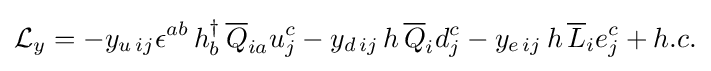
{\mathcal {L}}_{y}=-y_{u\,ij}\epsilon ^{ab}\,h_{b}^{\dagger }\,{\overline {Q}}_{ia}u_{j}^{c}-y_{d\,ij}\,h\,{\overline {Q}}_{i}d_{j}^{c}-y_{e\,ij}\,h\,{\overline {L}}_{i}e_{j}^{c}+h.c.\,\!